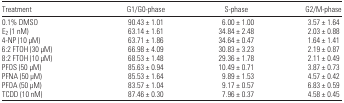
| Treatment | G1/G0-phase | S-phase | G2/M-phase |
 | --- | --- | --- | --- |
 | 0.1% DMSO | 90.43 ± 1.01 | 6.00 ± 1.00 | 3.57 ± 1.64 |
 | E2 (1 nM) | 63.14 ± 1.61 | 34.84 ± 2.48 | 2.03 ± 0.88 |
 | 4-NP (10 μM) | 63.71 ± 1.86 | 34.64 ± 0.47 | 1.64 ± 1.41 |
 | 6:2 FTOH (30 μM) | 66.98 ± 4.09 | 30.83 ± 3.23 | 2.19 ± 0.87 |
 | 8:2 FTOH (10 μM) | 68.53 ± 1.48 | 29.36 ± 1.78 | 2.11 ± 0.49 |
 | PFOS (50 μM) | 85.63 ± 0.94 | 10.49 ± 0.71 | 3.87 ± 0.73 |
 | PFNA (50 μM) | 85.53 ± 1.64 | 9.89 ± 1.53 | 4.57 ± 0.42 |
 | PFOA (50 μM) | 83.57 ± 1.04 | 9.17 ± 0.57 | 6.83 ± 0.59 |
 | TCDD (10 nM) | 87.46 ± 0.30 | 7.96 ± 0.37 | 4.58 ± 0.45 |